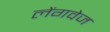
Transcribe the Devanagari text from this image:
लेंगवेज